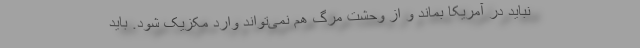
نباید در آمریکا بماند و از وحشت مرگ هم نمی‌تواند وارد مکزیک شود. باید